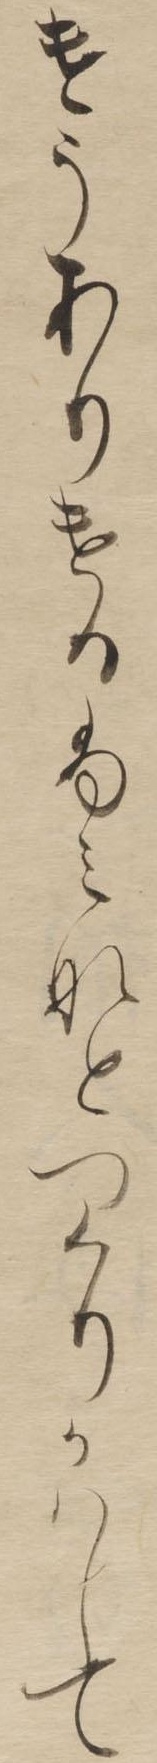
けうありけるふみなとつくりかはして